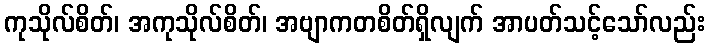
ကုသိုလ်စိတ်၊ အကုသိုလ်စိတ်၊ အဗျာကတစိတ်ရှိလျက် အာပတ်သင့်သော်လည်း